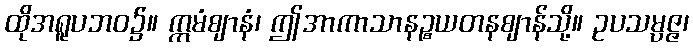
ထိုအရူပဘဝ၌။ ဣမံဈာနံ၊ ဤအာကာသာနဉ္စယတနဈာန်သို့။ ဥပသမ္ပဇ္ဇ၊